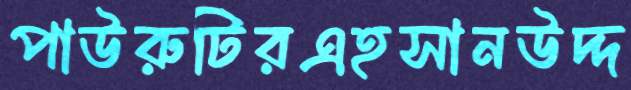
পাউরুটিরএহসানউদ্দ